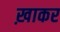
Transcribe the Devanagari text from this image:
ख़ाकर